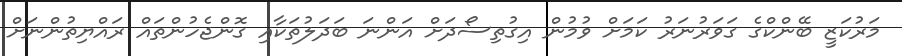
މަރުކަޒީ ބޭންކްގެ ގަވަރުނަރު ކަމަށް ވުމުން އިގުތިސޯދަށް އަންނަ ބަދަލުތަކާއި ގޮންޖެހުންތައް ރައްޔިތުންނަށް